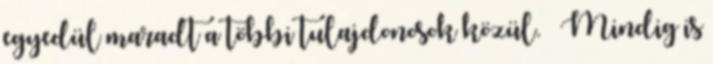
egyedül maradt a többi tulajdonosok közül. — Mindig is